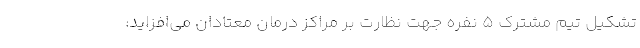
تشکیل تیم مشترک ۵ نفره جهت نظارت بر مراکز درمان معتادان می‌افزاید: